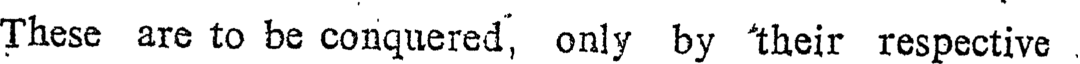
These are to be conquered, only by their respective